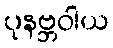
ပုနဗ္ဘဝါယ